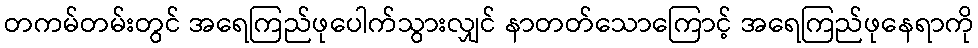
တကမ်တမ်းတွင် အရေကြည်ဖုပေါက်သွားလျှင် နာတတ်သောကြောင့် အရေကြည်ဖုနေရာကို